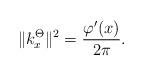
LaTeX: \begin{align*}\|k^\Theta_x\|^2=\frac{\varphi'(x)}{2\pi}.\end{align*}